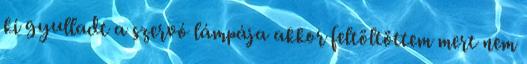
ki gyulladt a szervó lámpája akkor feltöltöttem mert nem